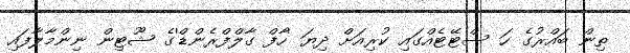
ތިން ބައްރުގެ ހަ ސްޓޭޓެއްގައި ކުރިއަށް ދިޔަ 'ހާފް ގާލްފްރެންޑް'ގެ ޝޫޓިން ނިންމާލާފައި